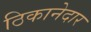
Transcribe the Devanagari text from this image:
ठिकानेदार